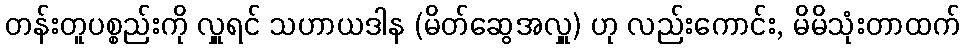
တန်းတူပစ္စည်းကို လှူရင် သဟာယဒါန (မိတ်ဆွေအလှူ) ဟု လည်းကောင်း, မိမိသုံးတာထက်